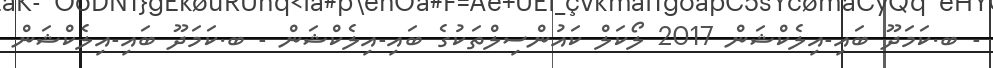
- ބ.ކަމަދޫ ބައި-އިލެކްޝަން 2017 ލޯކަލް ކައުންސިލްތަކުގެ ބައި-އިލެކްޝަން - ބ.ކަމަދޫ ބައި-އިލެކްޝަން